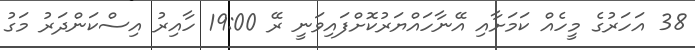
38 އަހަރުގެ މީހެއް ކަމަށާއި އޭނާހައްޔަރުކޮށްފައިވަނީ ރޭ 19:00 ހާއިރު އިސްކަންދަރު މަގު